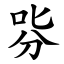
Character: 哛